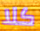
كلا